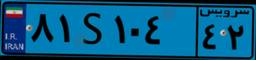
۷۰S۶۱۲۹۸